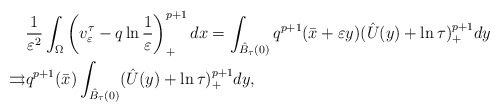
\begin{align*}&\frac{1}{\varepsilon^2}\int_\Omega\left( v^\tau_\varepsilon-q\ln\frac{1}{\varepsilon}\right) ^{p+1}_+ dx=\int_{\hat{B}_\tau(0)}q^{p+1}(\bar{x}+\varepsilon y)(\hat{U}(y)+\ln\tau)^{p+1}_+dy\\\rightrightarrows&q^{p+1}(\bar{x})\int_{\hat{B}_\tau(0)}(\hat{U}(y)+\ln\tau)^{p+1}_+dy,\end{align*}